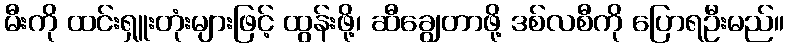
မီးကို ထင်းရှူးတုံးများဖြင့် ထွန်းဖို့၊ ဆီချွေတာဖို့ ဒစ်လစီကို ပြောရဦးမည်။